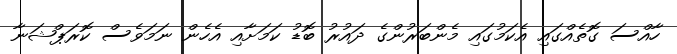
ހާއްސަ ގޮތެއްގައި އެކަމުގައި މެންބަރުންގެ ދައުރު ބޮޑު ކަމަށާއި އެހެން ނަމަވެސް ކޮރަޕްޝަނާ